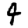
Digit: 4